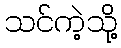
သင်ကဲ့သို့